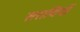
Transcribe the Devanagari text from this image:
सरायियों